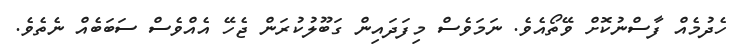
ހެދުމެއް ފާސްނުކޮށް ވޭތޯއެވެ. ނަމަވެސް މިފަދައިން ގަބޫލުކުރަން ޖެހޭ އެއްވެސް ސަބަބެއް ނެތެވެ.